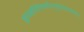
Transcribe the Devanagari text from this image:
हृदयहरिनिवासोऽप्युत्तरारण्यवासः